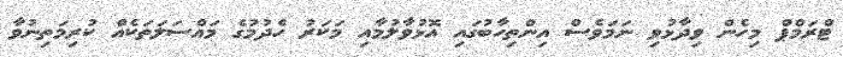
ޓްރަމްޕް މިހެން ވިދާޅުވި ނަމަވެސް އިންތިހާބުގައި އޮޅުވާލުމާއި މަކަރު ހެދުމުގެ މައްސަލަތަކެއް ކުރިމަތިނުވާ